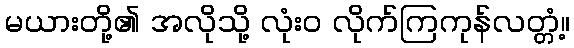
မယားတို့၏ အလိုသို့ လုံးဝ လိုက်ကြကုန်လတ္တံ့။